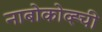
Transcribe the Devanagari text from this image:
नाबोकोव्ह्ची